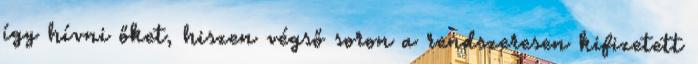
így hívni őket, hiszen végső soron a rendszeresen kifizetett